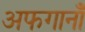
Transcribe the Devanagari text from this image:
अफगानाँं